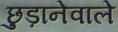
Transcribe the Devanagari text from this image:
छुड़ानेवाले